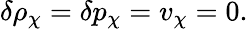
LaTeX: \delta\rho_{\chi}=\delta p_{\chi}=v_{\chi}=0.